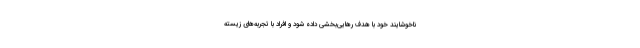
ناخوشایند خود با هدف رهایی‌بخشی داده شود و افراد با تجربه‌های زیسته